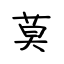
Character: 莫